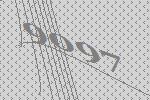
9097